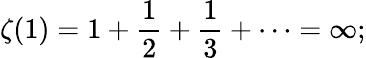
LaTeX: \zeta(1)=1+{\frac{1}{2}}+{\frac{1}{3}}+\cdots=\infty;